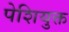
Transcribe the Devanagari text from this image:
पेशियुक्त